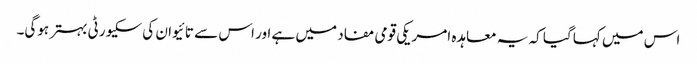
اس میں کہا گیا کہ یہ معاہدہ امریکی قومی مفاد میں ہے اور اس سے تائیوان کی سکیورٹی بہتر ہوگی۔